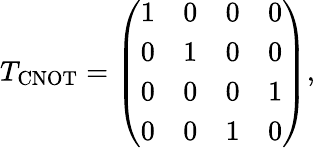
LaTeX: T_{\mathrm{CNOT}}=\left(\begin{array}{llll}{1}&{0}&{0}&{0}\\ {0}&{1}&{0}&{0}\\ {0}&{0}&{0}&{1}\\ {0}&{0}&{1}&{0}\end{array}\right),